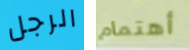
الرجل أهتمام